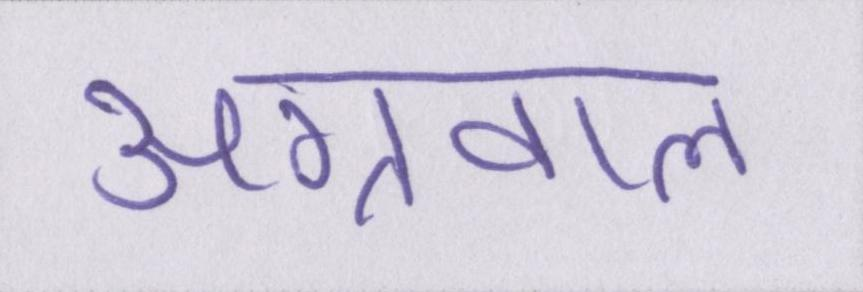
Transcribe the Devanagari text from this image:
अग्रवाल